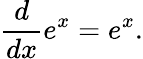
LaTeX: {\frac{d}{dx}}e^{x}=e^{x}.